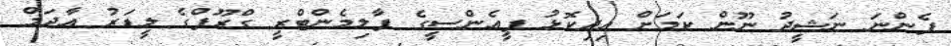
ފެންނަ ނަޝީދު ނޫން ކަމަށް އިދިކޮޅު ޕީއެންސީގެ ޕާލިމެންޓްރީ ގްރޫޕްގެ ލީޑަރު އާދަމް